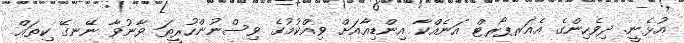
އުޅެނީ. ދިވެހިންގެ އެއަރޕޯރޓް އަނެއްކާ އިންޑިއާއަށް ވިއްކުމުގެ ވިސްނުންހުރީތަ ވާނުވާ ނޭނގޭ ކިތައް